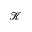
\mathcal { K }